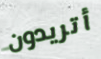
أتريدون